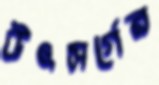
উৎসর্গের